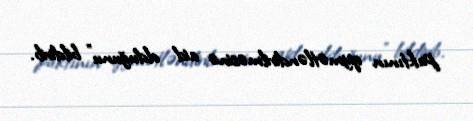
paktının qiymətləndirilməsinə aid olduğunu” bildirib.